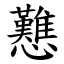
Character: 戁